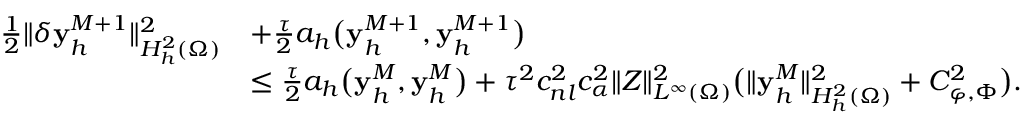
\begin{array} { r l } { \frac 1 2 \| \delta \mathbf { y } _ { h } ^ { M + 1 } \| _ { H _ { h } ^ { 2 } ( \Omega ) } ^ { 2 } } & { + \frac { \tau } { 2 } a _ { h } \big ( \mathbf { y } _ { h } ^ { M + 1 } , \mathbf { y } _ { h } ^ { M + 1 } \big ) } \\ & { \leq \frac { \tau } { 2 } a _ { h } \big ( \mathbf { y } _ { h } ^ { M } , \mathbf { y } _ { h } ^ { M } \big ) + \tau ^ { 2 } c _ { n l } ^ { 2 } c _ { \alpha } ^ { 2 } \| Z \| _ { L ^ { \infty } ( \Omega ) } ^ { 2 } \big ( \| \mathbf { y } _ { h } ^ { M } \| _ { H _ { h } ^ { 2 } ( \Omega ) } ^ { 2 } + C _ { \boldsymbol { \varphi } , \Phi } ^ { 2 } \big ) . } \end{array}